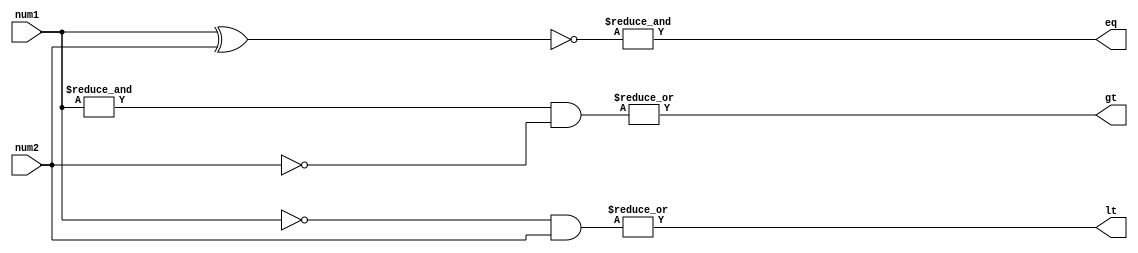
module parallel_comparator(input [7:0] num1, input [7:0] num2, output gt, output lt, output eq);

  wire [7:0] greater, lesser, equal;

  assign greater = |(&num1 & ~num2);
  assign lesser = |(~num1 & num2);
  assign equal = &(~(num1 ^ num2));

  assign gt = |greater;
  assign lt = |lesser;
  assign eq = |equal;

endmodule